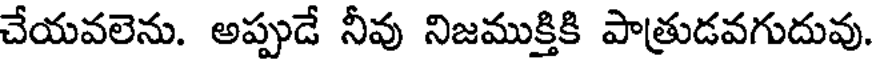
చేయవలెను. అప్పుడే నీవు నిజముక్తికి పాత్రుడవగుదువు.